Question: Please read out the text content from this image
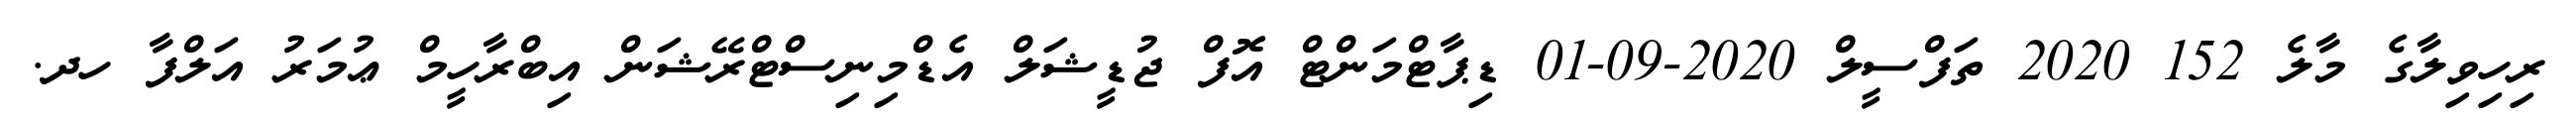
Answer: ރިހިވިލާގެ މާލެ 152 2020 ތަފްސީލް 2020-09-01 ޑިޕާޓްމަންޓް އޮފް ޖުޑީޝަލް އެޑްމިނިސްޓްރޭޝަން އިބްރާހީމް ޢުމަރު އަލްފާ ހދ.